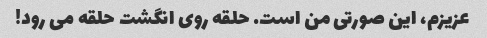
عزیزم، این صورتی من است. حلقه روی انگشت حلقه می رود!